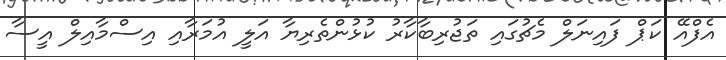
އެފްއޭ ކަޕް ފައިނަލް މެޗުގައި ތަޖުރިބާކާރު ކުޅުންތެރިޔާ އަލީ އުމަރާއި އިސްމާއިލް އީސާ